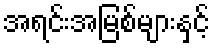
အရင်းအမြစ်များနှင့်